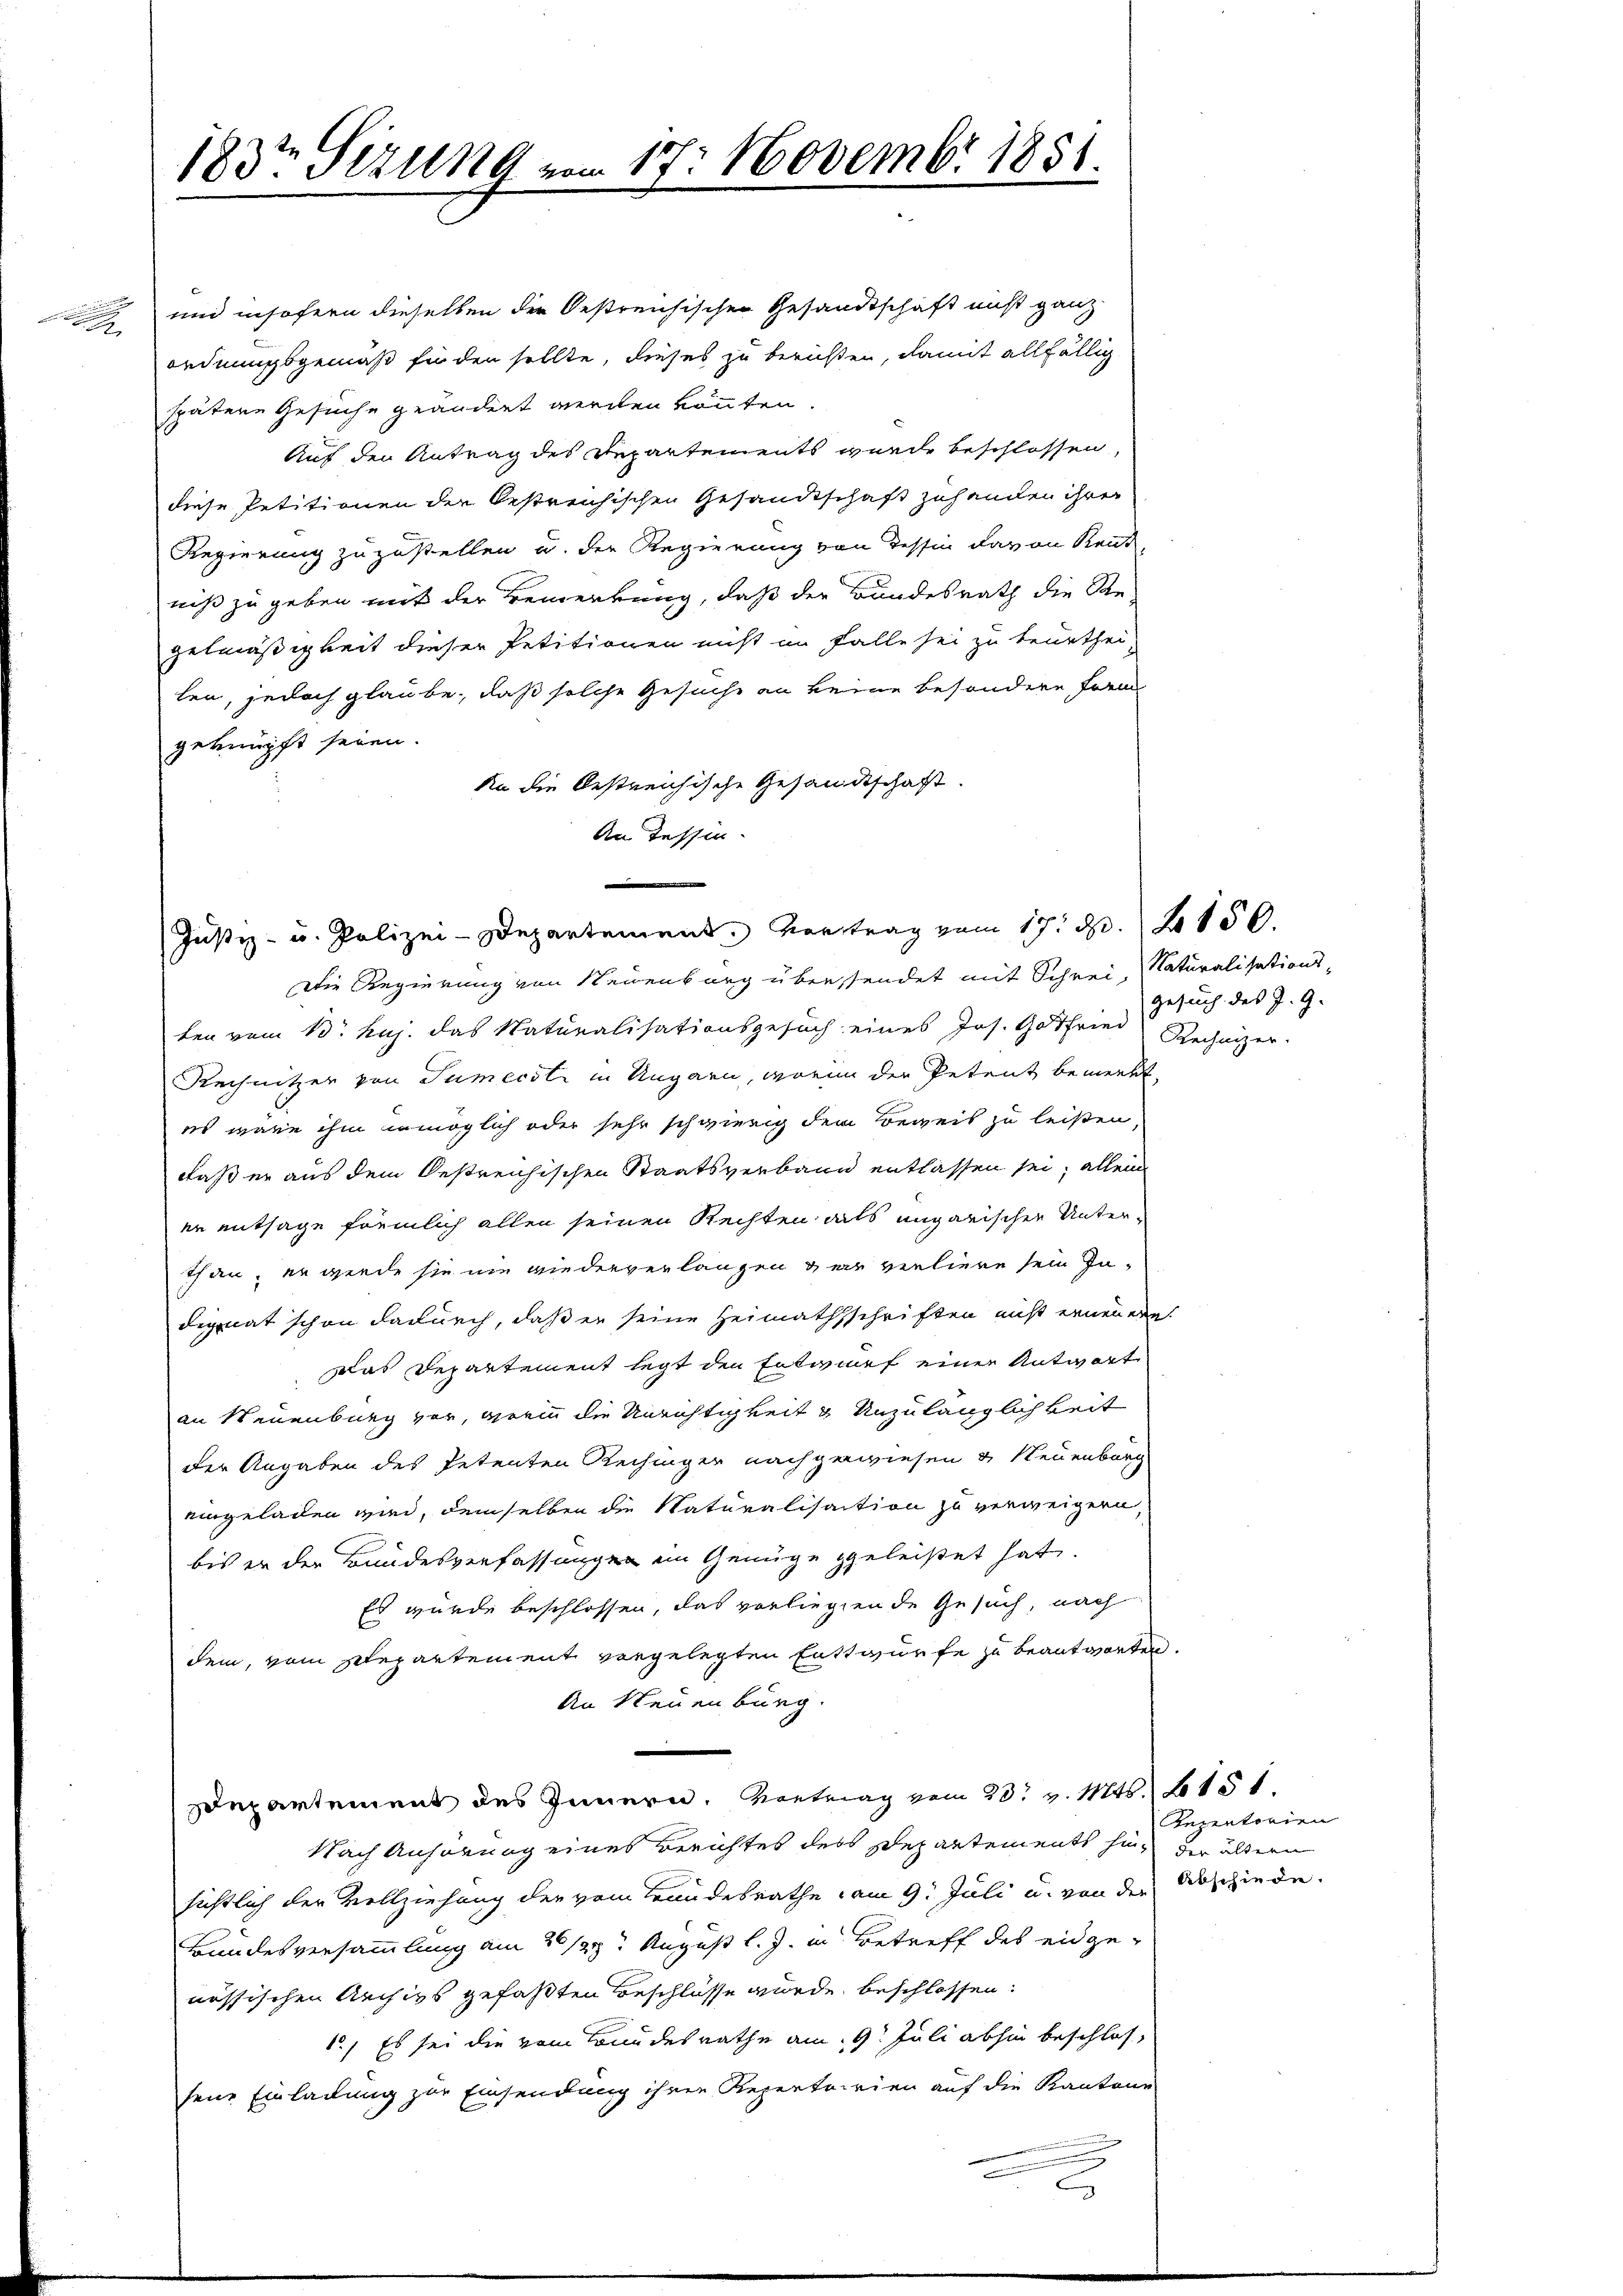
183t Sezung vom 17. Novembr 1851.

und insofern dieselben der Oestreichischen Gesandtschaft nicht ganz
ordnungsgemäß für den sollte, dieses zu berichten, damit allfällig
spätere Gesuche geändert werden könnten.
Auf den Antrag des Departements wurde beschlossen,
diese Petitionen der bestreichischen Gesandtschaft zuhanden ihrer
Regierung zuzustellen u. der Regierung von dessin davon Rent
niß zu geben mit der Bemerkung, daß der Bundesrath die Re-
gelmäßigkeit dieser Petitionen nicht im Falle sei zu beurthei-
len, jedoch glaube, daß solche Gesuche an keine besondere Form
geknüpft seien.
An die bestreichische Gesandtschaft.
An Tessin.

Die Regierung von Neuenburg überstendet mit Schrei, Naturalisationsten vom 13. huj. das Naturalisationsgesuch eines Jos. Gotfried Rechnizer
Rechnitzer von Tumecdli in Ungarn, worin der Petent bemerkt,
es wäre ihm unmöglich oder sehr schwierig dem Beweis zu leisten,
daß er aus dem Oestreichischen Staatsverbann entlassen sei; allein
er entsage fremlich allen seinen Rechten als ungarischen Unterthan, er werde sie nie wiederverlangen der verliere sein In-
dignat schon dadurch, daß er seine Heimathsschriften nicht erneuere
Das Departement legt den Entwurf einer Antwort
an Neuenburg vor, wenn die Unrichtigkeit und Unzulänglichkeit
der Angaben des Petenten Rechingen nachgewiesen & Neuenburg
eingeladen wird, demselben die Naturalisaction zu verweigern,
bis er der Bundesverfassungen ein Genüge geleistet hat.
Es wurde beschlossen, das vorliegende Gesuch, nach
dem, vom Departement vorgelegten Enttwurfe zu beantworten.
An Neuenburg.
Departement des Innern, Vortrag vom 28t v. Mts. 2151.
Nach Anhörung eines Berichtes des Departements hin, der ältern
sichtlich der Vollziehung der vom Bundesrathe am 9. Juli u. von der Abschiede
Bundesversammlung am 20./29. August l. J. in Betreff des eidgeaussischen Archivs gefaßten Beschlüsse wurde, beschlossen:
1.) Es sei die vom Bundesrathe am 9. Juli abhin beschlos,
sene Einladung zur Einsendung ihren Repertoirien auf die Kantone

Justiz- u. Polizei-Departement. Vortrag vom 17. d. 2150.

Gesuch des J. G.

Rezentorien